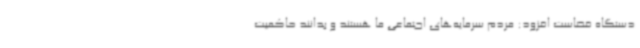
دستگاه قضاست افزود: مردم سرمایه‌های اجتماعی ما هستند و بدانند حاکمیت